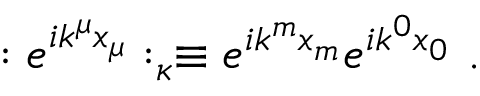
: e ^ { i k ^ { \mu } x _ { \mu } } : _ { \kappa } \equiv e ^ { i k ^ { m } x _ { m } } e ^ { i k ^ { 0 } x _ { 0 } } ~ .